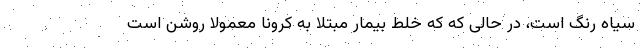
سیاه رنگ است، در حالی که که خلط بیمار مبتلا به کرونا معمولا روشن است